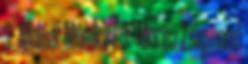
3 - Molnár Mónika 7 3 - Móricz Zsigmond